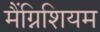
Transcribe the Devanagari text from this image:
मैंग्निशियम